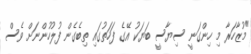
"މުޒާހަރާ މި ހިންގަނީ ސިޔާސީ ބަޔަކު އޭގެ ފަހަތުގައި ތިބެގެން ފުލުހުންނަށް ވެސް